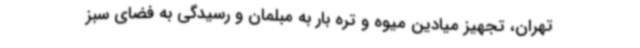
تهران، تجهیز میادین میوه و تره بار به مبلمان و رسیدگی به فضای سبز